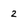
Character: 2